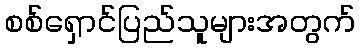
စစ်ရှောင်ပြည်သူများအတွက်